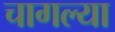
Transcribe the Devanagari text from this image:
चागल्या